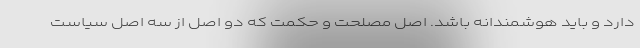
دارد و باید هوشمندانه باشد. اصل مصلحت و حکمت که دو اصل از سه اصل سیاست